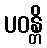
ပဝန္တိ